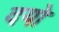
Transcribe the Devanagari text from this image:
दयो